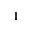
1